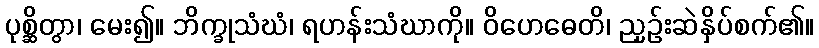
ပုစ္ဆိတွာ၊ မေး၍။ ဘိက္ခုသံဃံ၊ ရဟန်းသံဃာကို။ ဝိဟေဓေတိ၊ ညှဉ်းဆဲနှိပ်စက်၏။